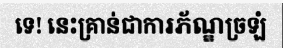
ទេ! នេះគ្រាន់ជាការភ័ណ្ឌច្រឡំ